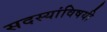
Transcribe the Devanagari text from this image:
सदस्यांविषयी